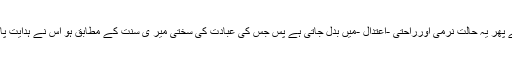
رسول خدا ﷺنے فرمایا : آگاہ رہو بے شک ہر عبادت میں سنگینی، سختی -افراط و تفریط - موجو ہے پھر یہ حالت نرمی اورراحتی -اعتدال -میں بدل جاتی ہے پس جس کی عبادت کی سختی میر ی سنت کے مطابق ہو اس نے ہدایت پائی اور جس نے میر ی سنت کی مخالفت کی گمراہ ہوااور اس کی عبادت بیہودہ اور تباہ ہوجائے گی۔